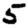
Digit: 5